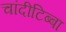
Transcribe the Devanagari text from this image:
चांदीटिब्बा